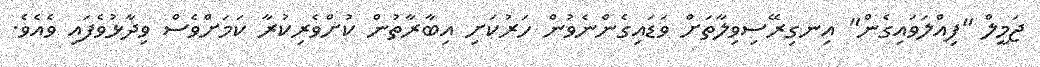
ޖަމީލް "ފިއްލަވައިގެން" އިނގިރޭސިވިލާތަށް ވަޑައިގެންނެވުން ހަރުކަށި އިބާރާތުން ކުށްވެރިކުރާ ކަމަށްވެސް ވިދާޅުވެފައި ވެއެވެ.